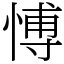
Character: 愽